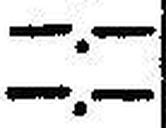
—.—